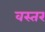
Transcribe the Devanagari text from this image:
वस्तर